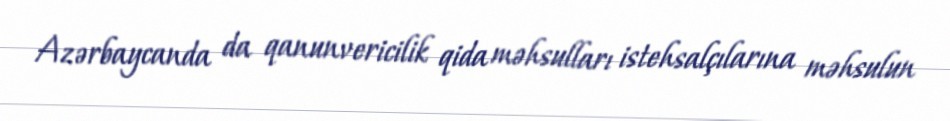
Azərbaycanda da qanunvericilik qida məhsulları istehsalçılarına məhsulun